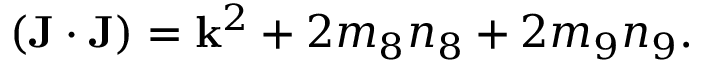
( { \bf J } \cdot { \bf J } ) = { \bf k } ^ { 2 } + 2 m _ { 8 } n _ { 8 } + 2 m _ { 9 } n _ { 9 } .